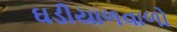
ઘડીયાળવાળો